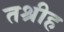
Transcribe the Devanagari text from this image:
तश्रीह